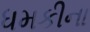
ધમકીના